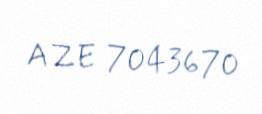
AZE 7043670